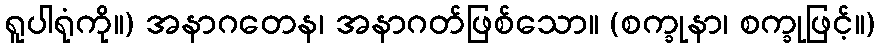
ရူပါရုံကို။) အနာဂတေန၊ အနာဂတ်ဖြစ်သော။ (စက္ခုနာ၊ စက္ခုဖြင့်။)